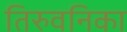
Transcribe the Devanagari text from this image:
तिरुवनिका